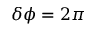
\delta \phi = 2 \pi